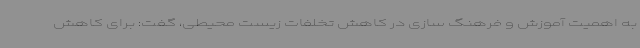
به اهمیت آموزش و فرهنگ سازی در کاهش تخلفات زیست محیطی، گفت: برای کاهش